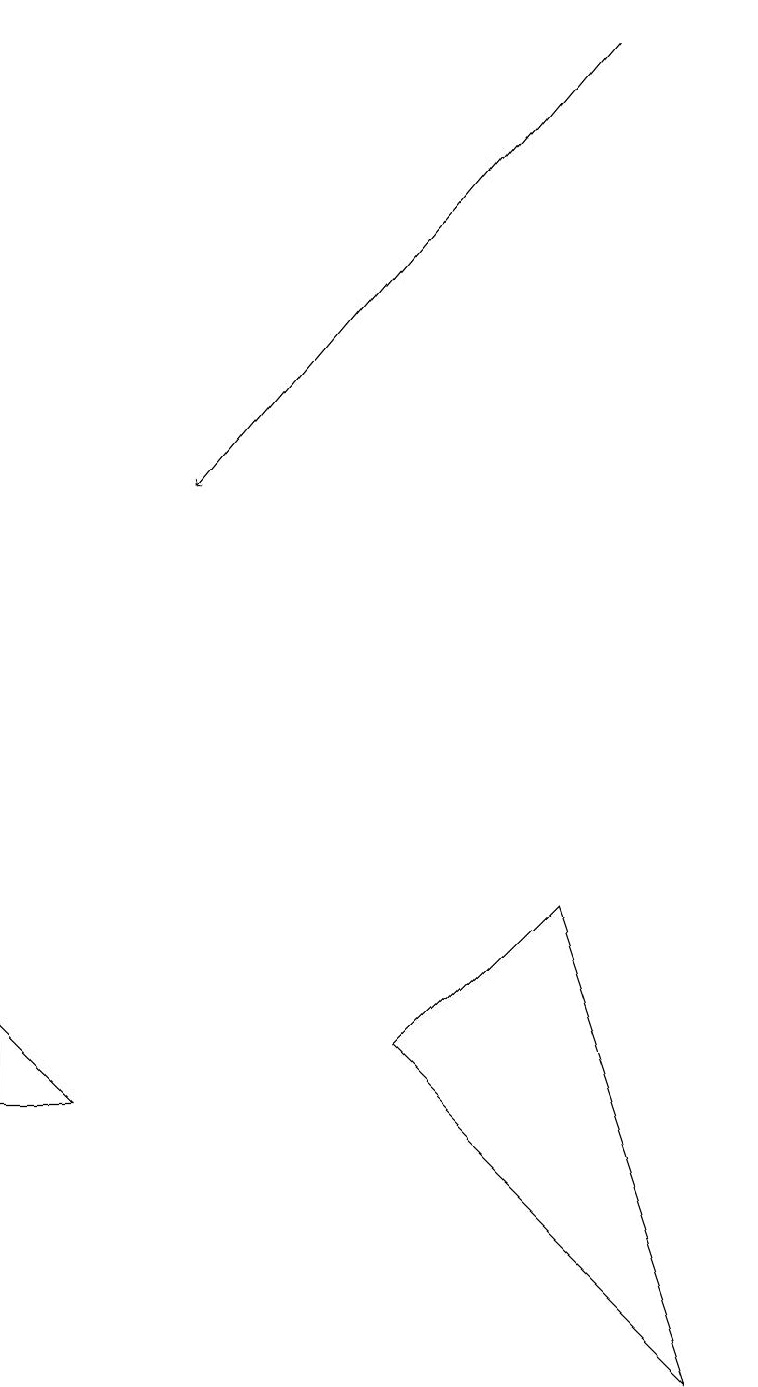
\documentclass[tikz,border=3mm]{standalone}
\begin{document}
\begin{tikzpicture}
\draw (7,8) -- (5,6) -- (9,2) -- cycle;
\draw (0,6) -- (1,5) -- (0,5) -- cycle;
\draw[->] (7,19) -- (2,13);
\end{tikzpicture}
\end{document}